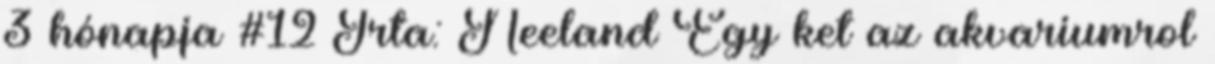
3 hónapja #12 Írta: Neeland Egy ket az akvariumrol